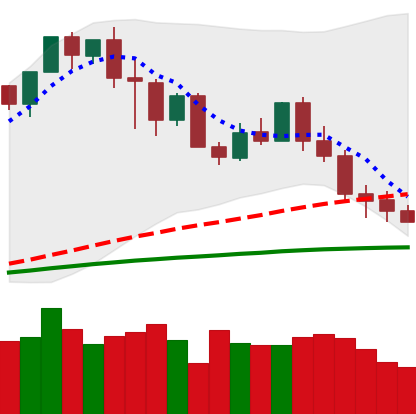
Ticker: XMR-USD
Chart end date: 2020-02-29
Forward return: 3.224%
Label: up_3_5